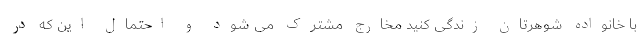
با خانواده شوهرتان زندگی کنید مخارج مشترک می شود و احتمال این که در